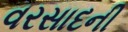
વરસાદની